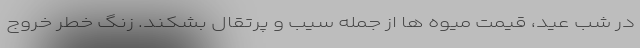
در شب عید، قیمت میوه ها از جمله سیب و پرتقال بشکند. زنگ خطر خروج